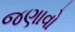
જણાવો